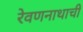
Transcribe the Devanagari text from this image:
रेवणनाथाची